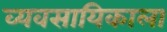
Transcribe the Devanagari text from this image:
व्यवसायिकाला